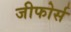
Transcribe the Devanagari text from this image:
जीफोर्स